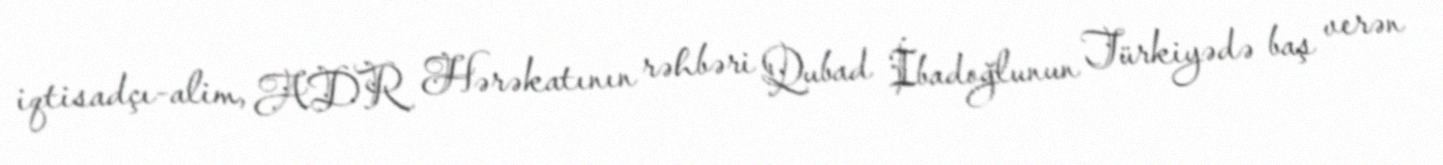
iqtisadçı-alim, ADR Hərəkatının rəhbəri Qubad İbadoğlunun Türkiyədə baş verən